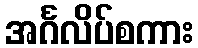
အင်္ဂလိပ်စကား